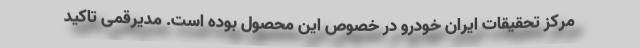
مرکز تحقیقات ایران خودرو در خصوص این محصول بوده است. مدیرقمی تاکید